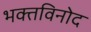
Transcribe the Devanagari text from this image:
भक्तविनोद